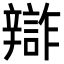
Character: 𨐷